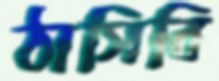
ঠাসিবি